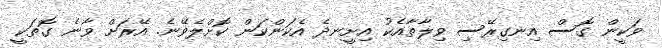
ވަކީން ގޮސް އިނގިރޭސި ވިލާތާއެކު އިށީނދެ އެކަންކަން ކޮށްލެވޭނެ. އޭރަށް ވާނެ ގޮތަކީ